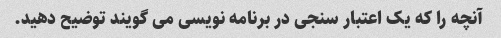
آنچه را که یک اعتبار سنجی در برنامه نویسی می گویند توضیح دهید.